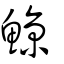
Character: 鯨